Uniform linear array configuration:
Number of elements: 4
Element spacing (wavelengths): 1
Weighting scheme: hann
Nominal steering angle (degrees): -30
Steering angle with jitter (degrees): -30.502
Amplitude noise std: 0.05
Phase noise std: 0.05

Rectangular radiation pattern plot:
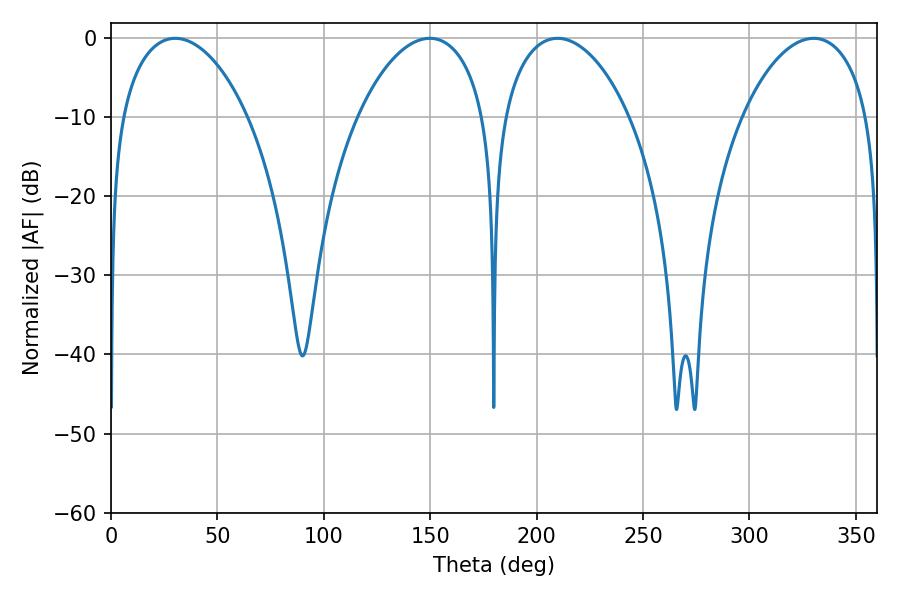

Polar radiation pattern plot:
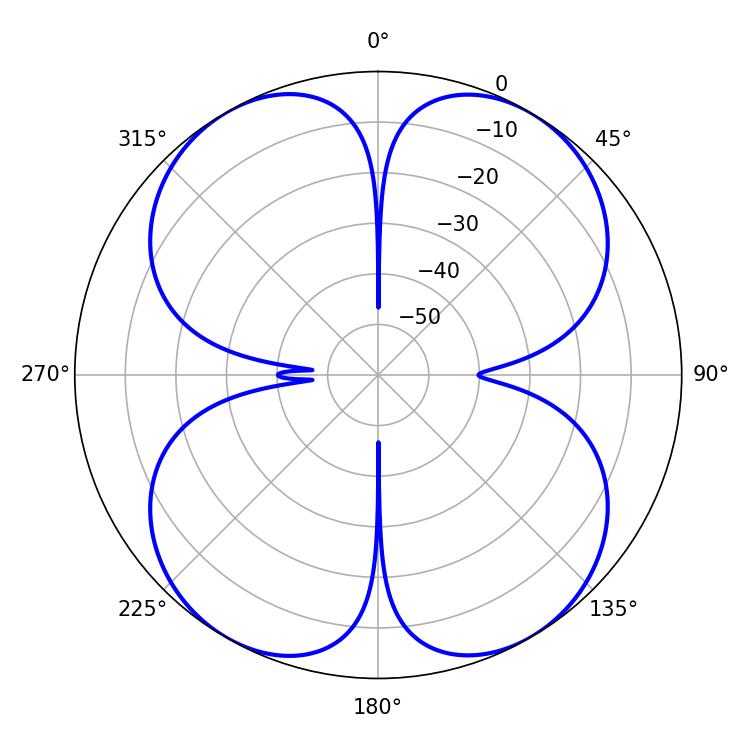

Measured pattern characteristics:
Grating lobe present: TRUE
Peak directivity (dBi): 22.352
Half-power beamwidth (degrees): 34.02
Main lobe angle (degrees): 30.24